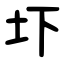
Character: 圷